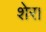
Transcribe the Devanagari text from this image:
शेर।